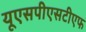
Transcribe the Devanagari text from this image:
यूएसपीएसटीएफ